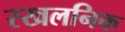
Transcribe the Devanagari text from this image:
स्खलनिक